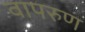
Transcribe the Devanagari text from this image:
वापरुण